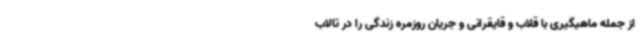
از جمله ماهیگیری با قلاب و قایقرانی و جریان روزمره زندگی را در تالاب